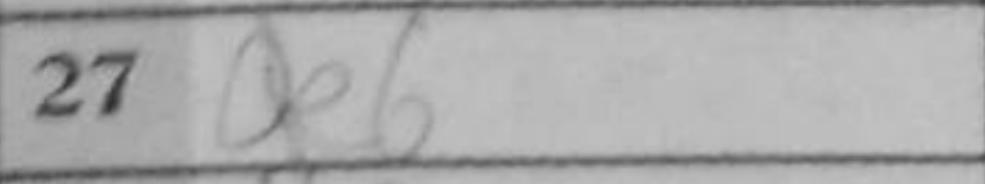
Transcription: Qe6